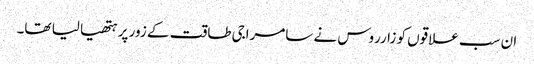
ان سب علاقوں کو زارروس نے سامراجی طاقت کے زور پر ہتھیا لیا تھا۔